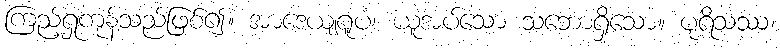
ကြည့်ရှုကုန်သည်ဖြစ်၍။ အာဒေယျရူပံ၊ ယူအပ်သော သဘောရှိသော။ ပုရိသဿ၊